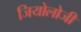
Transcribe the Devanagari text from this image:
जियोलोजी